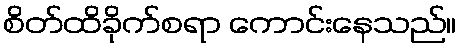
စိတ်ထိခိုက်စရာ ကောင်းနေသည်။